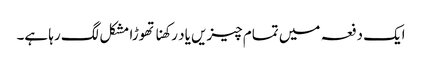
ایک دفعہ میں تمام چیزیں یاد رکھنا تھوڑا مشکل لگ رہا ہے۔